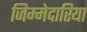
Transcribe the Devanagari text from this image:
जिम्मेदारिया